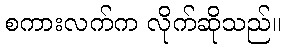
စကားလက်က လိုက်ဆိုသည်။